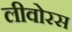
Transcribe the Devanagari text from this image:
लीवोरस